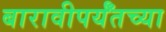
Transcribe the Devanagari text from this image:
बारावीपर्यँतच्या